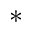
^ *